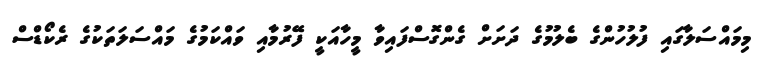
މިމައްސަލާގައި ފުލުހުންގެ ބެލުމުގެ ދަށަށް ގެންގޮސްފައިވާ މީހާއަކީ ފޭރުމާއި ވައްކަމުގެ މައްސަލަތަކުގެ ރެކޯޑްސް